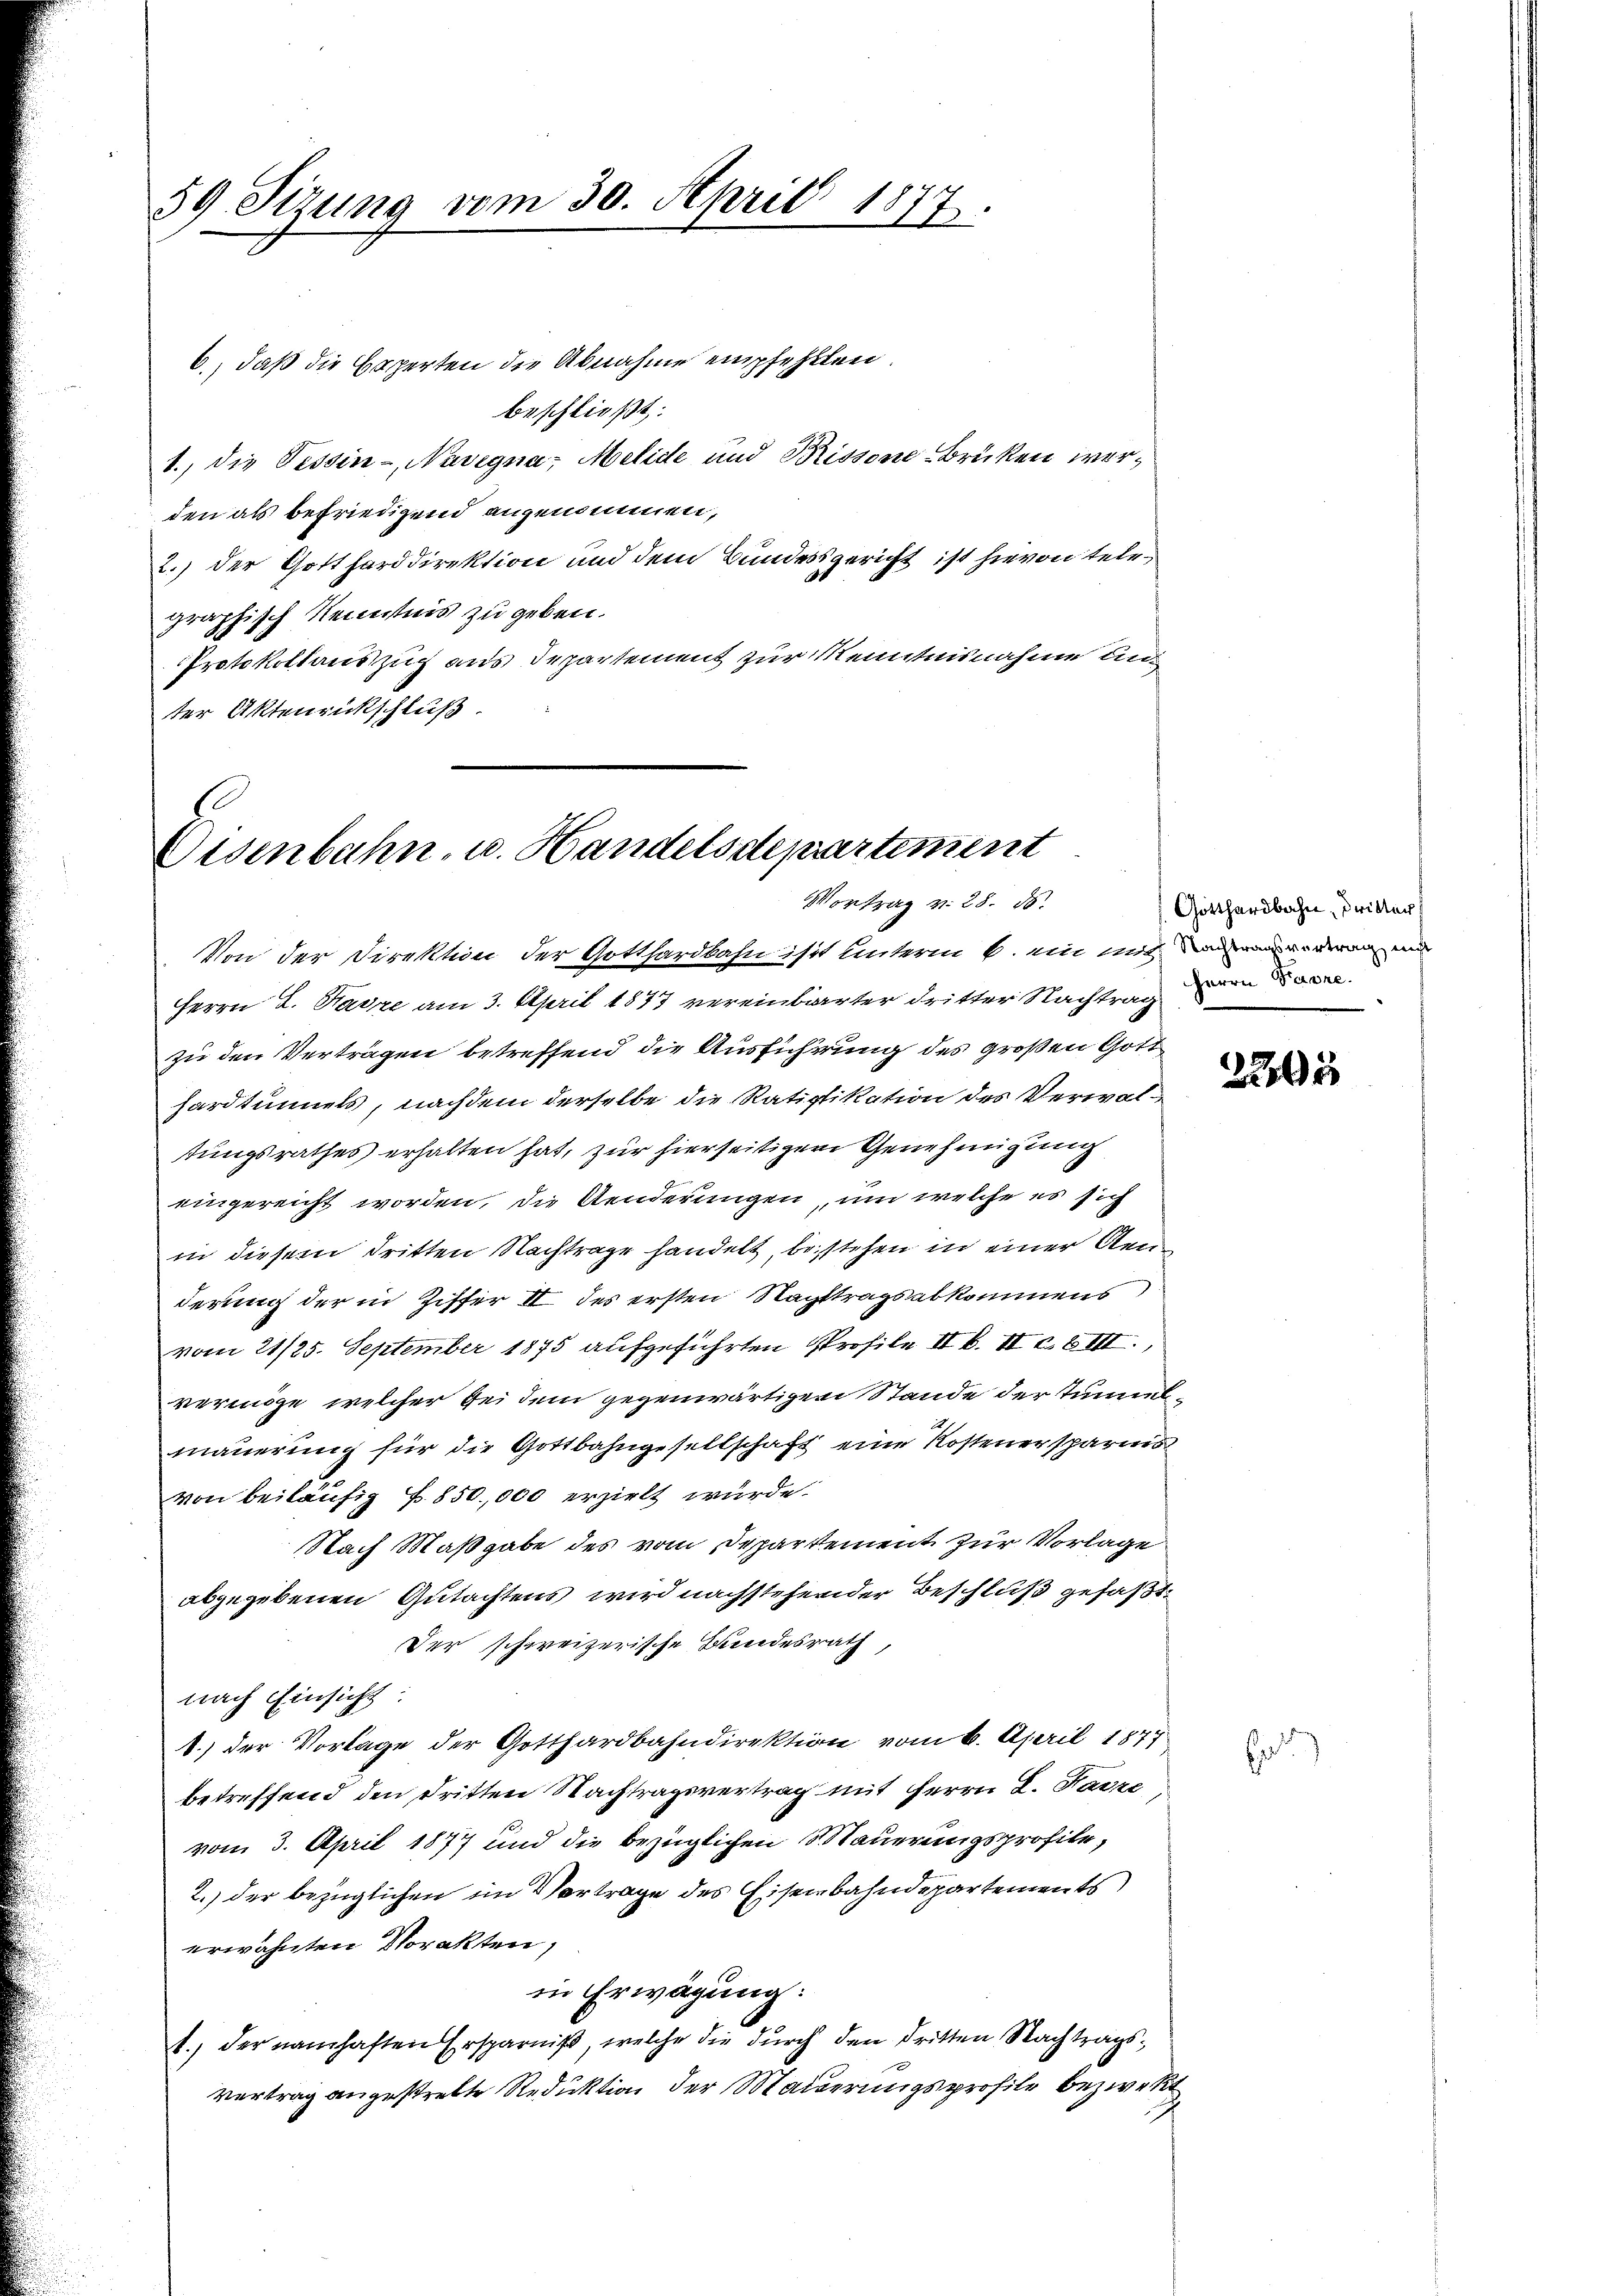
59. Sizung vom 30. April 1877.

6., daß die Experten die Abnahme empfehlten.
beschließt:
1., die Tessin - Nasegna, Melide und Brissene Brüken werden als befriedigend angenommen,
2.) der Gottharddirektion und dem Bundesgericht ist hievon tele
graphisch Kenntnis zu geben.
Protokollauszug aus Departement zur Kenntnisnahme unter Aktenrückschluß.

.
Eisenbahn- u. Handelsdepartement
Vortrag v. 28. ds.

Von der Direktion der Gotthardbahn ist unterm 6. Mit mit den anderen u
Herrn L. Favre am 3. April 1873 vereinbarter dritter Nachtrag der
zu den Vertragen betreffend die Ausführung des großen Gott
hardtunnels, nachdem derselbe die Ratifikation des Verwaltungsrathes erhalten hat, zur hierseitigen Genehmigung
eingereicht worden, die Aenderungen, um welche es sich
in diesem dritten Nachtrage handelt, bestehen in einer Kenderung der in Ziffer II des ersten Nachttragsabkommens
vom 21/25. September 1875 aufgeführten Profile II b. II u. III.,
vermöge, welcher bei dem gegenwärtigen Stande der Tunnelmauerung für die Gottbahngesellschaft eine Kostenersparnis
von beiläufig f. 850,000 erzirkt wurde.
NNach Maßgabe des vom Departement zur Vorlage
abgegebenen Gutachtens wird nachstehender Beschluß gefaßt
Der schweizerische Bundesrath
nach Einsicht:
1.) der Vorlage der Gotthardbahndirektion vom 6. April 1877
betreffend den Dritten Nachtragsvertrag mit Herrn L. Kanze
vom 3. April 1877 und die bezüglichen Mauerungsprofile,
2.) der bezüglichen im Vortrage des Eisenbahndepartements
erwähnten Storakten,
in Erwägung:
t., der namhaften Ersparniß, welche die durch den dritten Nachtragsvertrag angestrekte Reduktion der Maiderungsprofile bezweit

Gotthardbahn, dritter

2803

E